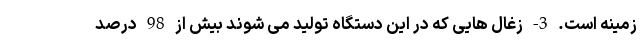
زمینه است. 3- زغال هایی که در این دستگاه تولید می شوند بیش از 98 درصد